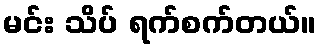
မင်း သိပ် ရက်စက်တယ်။